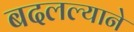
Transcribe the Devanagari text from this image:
बदलल्याने